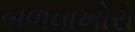
બળવાખોરો